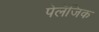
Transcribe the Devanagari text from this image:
पेलॅजिक